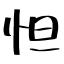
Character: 怛